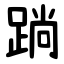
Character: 䠀